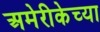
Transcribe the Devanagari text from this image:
अमेरीकेच्या